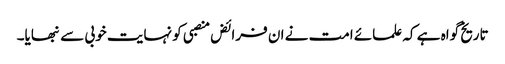
تاریخ گواہ ہے کہ علمائے امت نے ان فرائض منصبی کو نہایت خوبی سے نبھایا۔